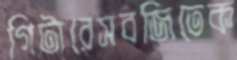
গিটারেসবজিতেক